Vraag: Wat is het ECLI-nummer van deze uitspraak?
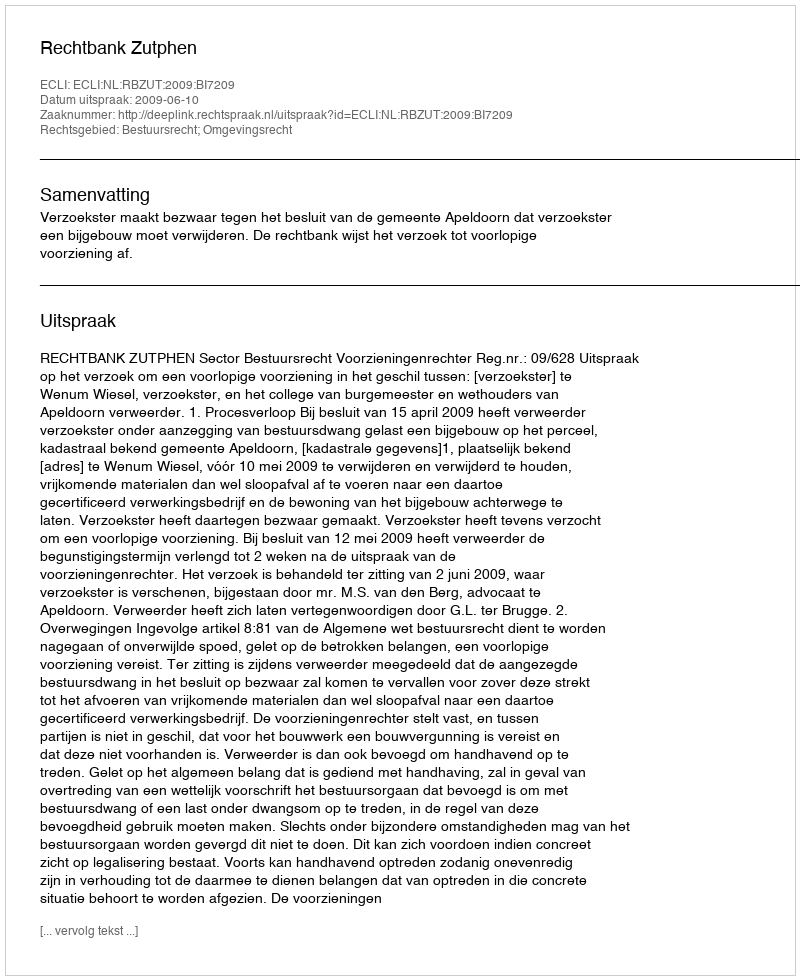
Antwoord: ECLI:NL:RBZUT:2009:BI7209